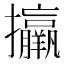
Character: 𢺑